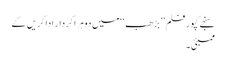
سنجے کپور فلم ’’بڑھب ‘‘ میں دوہرا کردار ادا کریں گے
ممبئی۔